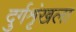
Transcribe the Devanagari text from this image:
दुर्गशृंखला